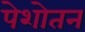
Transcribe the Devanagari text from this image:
पेशोतन